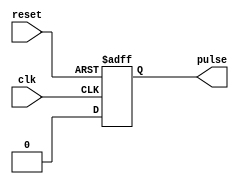
module FallingEdgePulseGenerator (
    input wire clk,
    input wire reset,
    output reg pulse
);

parameter PULSE_WIDTH = 10; // Set the default pulse width to 10 clock cycles

always @ (posedge clk or negedge reset) begin
    if (reset == 1'b0) begin
        pulse <= 1'b0; // Reset the pulse signal
    end else begin
        if (clk == 1'b1) begin
            pulse <= 1'b0;
        end else if (clk == 1'b0) begin
            // Generate pulse on falling edge of clock signal
            pulse <= 1'b1;
            #PULSE_WIDTH pulse <= 1'b0; // Set pulse width
        end
    end
end

endmodule